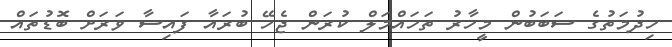
ހިދުމަތުގެ ސަބަބުން މީހާރު ތަހައްމަލް ކުރަން ޖެހޭ ބުރައާ ފައިސާ ވަރަށް ބޮޑުތައް